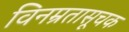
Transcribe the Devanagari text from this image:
विनम्रतासूचक